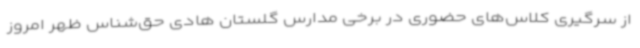
از سرگیری کلاس‌های حضوری در برخی مدارس گلستان هادی حق‌شناس ظهر امروز